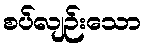
စပ်လျဉ်းသော